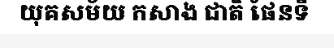
យុគសម័យ កសាង ជាតិ ផែនទី